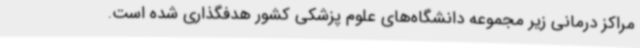
مراکز درمانی زیر مجموعه دانشگاه‌های علوم پزشکی کشور هدفگذاری شده است.